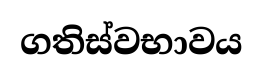
ගතිස්වභාවය